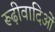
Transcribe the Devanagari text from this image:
रूढ़ीवादिओं